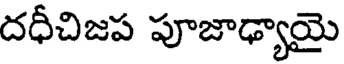
దధీచిజప పూజాఢ్యాయై